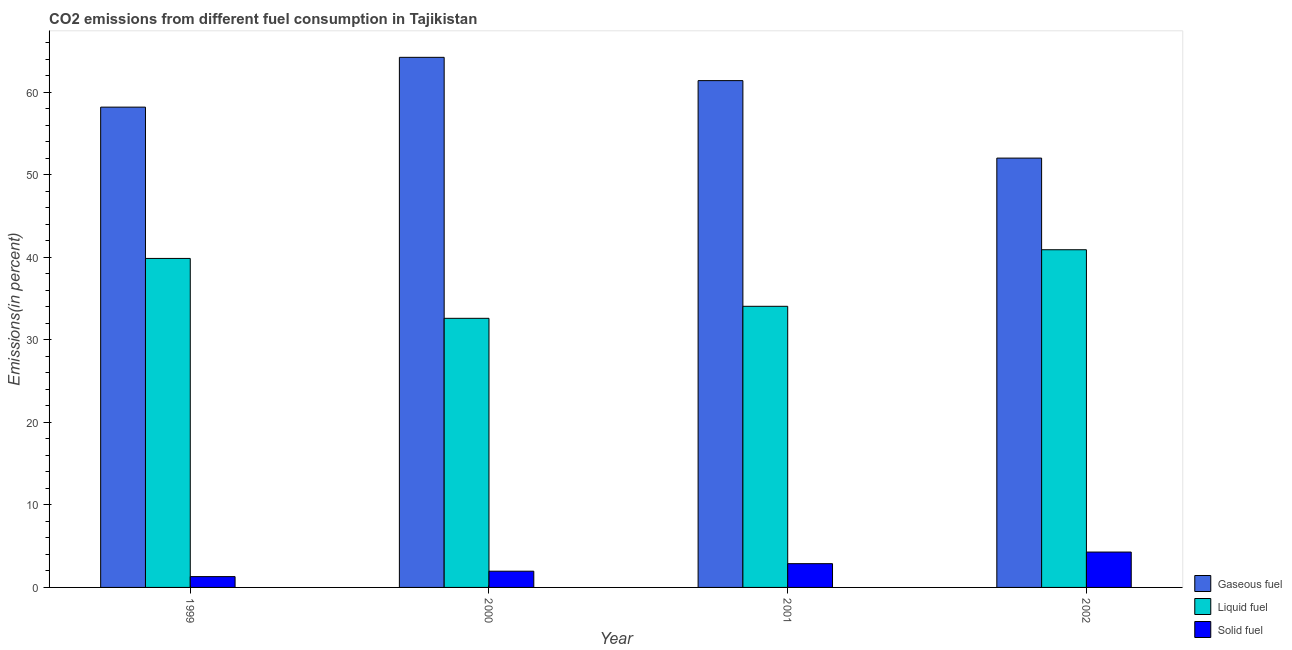
| Year | Gaseous fuel | Liquid fuel | Solid fuel |
 | --- | --- | --- | --- |
 | 1999 | 58.2 | 39.9 | 1.31 |
 | 2000 | 64.3 | 32.6 | 1.97 |
 | 2001 | 61.4 | 34.1 | 2.88 |
 | 2002 | 52 | 40.9 | 4.29 |